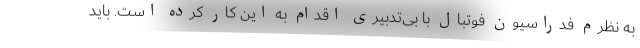
به نظرم فدراسیون فوتبال با بی‌تدبیری اقدام به این کار کرده است. باید